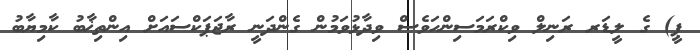
ޕީ) ގެ ލީޑަރ ރަނިލް ވިކްރަމަސިންހަވެސް ވިދާޅުވަމުން ގެންދަނީ ރާޖަޕަކްސައަށް އިންތިޚާބު ކާމިޔާބު